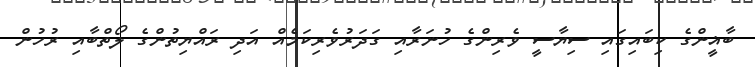
ބާޣީންގެ ކިބައިގައި ސިޔާސީ ވެރިންގެ ހުނަރާއި ގަދަރުވެރިކަމެއް އަދި ރައްޔިތުންގެ ލޯތްބާއި ރުހުން